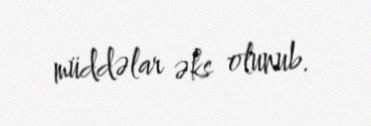
müddəlar əks olunub.